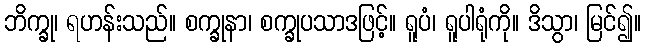
ဘိက္ခု၊ ရဟန်းသည်။ စက္ခုနာ၊ စက္ခုပသာဒဖြင့်။ ရူပံ၊ ရူပါရုံကို။ ဒိသွာ၊ မြင်၍။